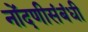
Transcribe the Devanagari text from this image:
नोंदणीसंबंधी